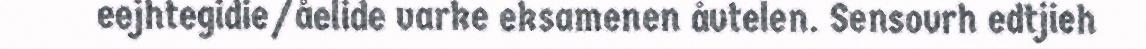
eejhtegidie/åelide varke eksamenen åvtelen. Sensovrh edtjieh